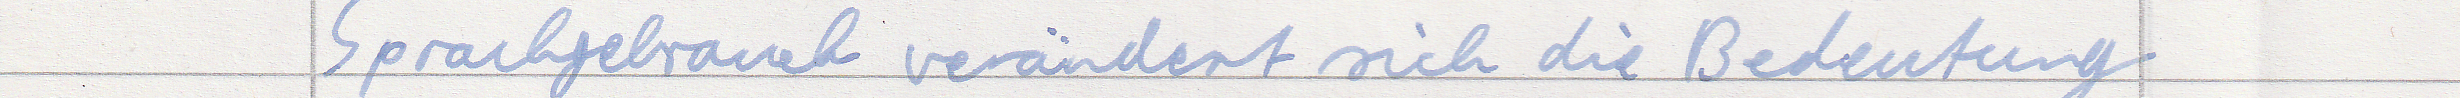
Sprachgebrauch verändert sich die Bedeutung